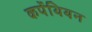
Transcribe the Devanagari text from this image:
कर्पेथियन